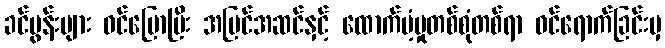
ခင်ပွန်းများ ဝင်ပြောပြီး အပြင်အဆင်နှင့် ထောက်ပံ့မှုတစ်စုံတစ်ရာ ဝင်ရောက်ခြင်းမှ